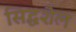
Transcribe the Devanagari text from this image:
सिद्धशैल